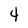
Character: 4